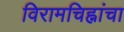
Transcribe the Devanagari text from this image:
विरामचिह्नांचा